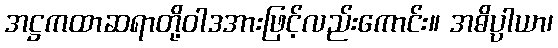
အဋ္ဌကထာဆရာတို့ဝါဒအားဖြင့်လည်းကောင်း။ အဓိပ္ပါယာ၊